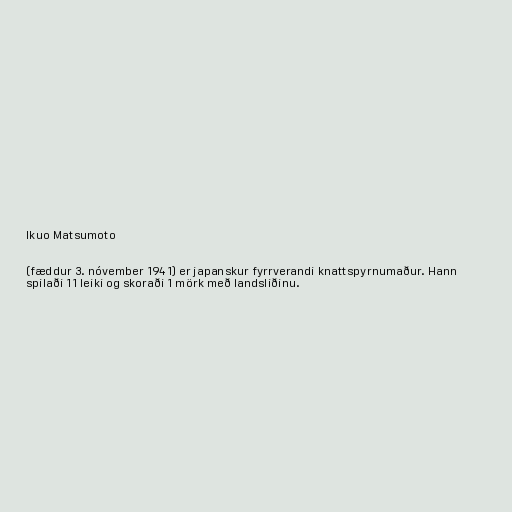
Ikuo Matsumoto

(fæddur 3. nóvember 1941) er japanskur fyrrverandi knattspyrnumaður. Hann
spilaði 11 leiki og skoraði 1 mörk með landsliðinu.